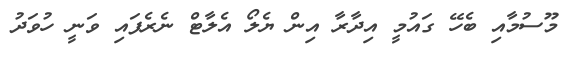
މޫސުމާއި ބެހޭ ގައުމީ އިދާރާ އިން ޔެލޯ އެލާޓް ނެރެފައި ވަނީ ހުވަދު